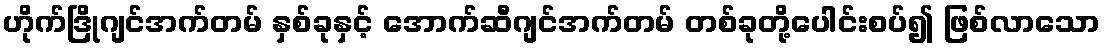
ဟိုက်ဒြိုဂျင်အက်တမ် နှစ်ခုနှင့် အောက်ဆီဂျင်အက်တမ် တစ်ခုတို့ပေါင်းစပ်၍ ဖြစ်လာသော